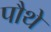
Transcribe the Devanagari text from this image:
पौथे